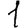
Digit: 1